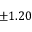
\pm 1 . 2 0